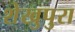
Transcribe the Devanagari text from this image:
शेखुपुरा